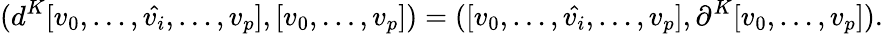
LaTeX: (d^{K}[v_{0},\dots,\hat{v_{i}},\dots,v_{p}],[v_{0},\dots,v_{p}])=([v_{0},\dots,\hat{v_{i}},\dots,v_{p}],\partial^{K}[v_{0},\dots,v_{p}]).